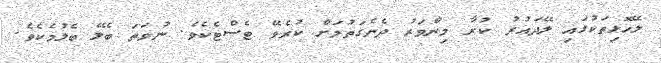
ލޭހޮޅިތަކުގައި ލޭދައުރު ކުރާ މިންވަރު ދެނެގަތުމަށް ކުރެވޭ ޓެސްޓެކެވެ. ނުވަތަ ބެލޭ ބެލުމެކެވެ.